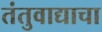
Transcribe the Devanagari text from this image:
तंतुवाद्याचा